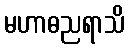
မဟာဓညရာသိ